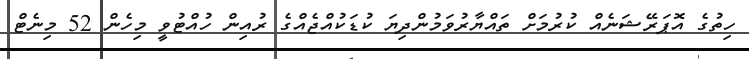
ހިތުގެ އޮޕަރޭޝަނެއް ކުރުމަށް ތައްޔާރުވަމުންދިޔަ ކުޑަކުއްޖެއްގެ ރުއިން ހުއްޓުވީ މިހެން 52 މިނެޓް